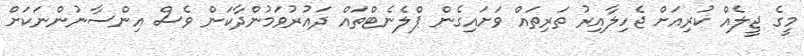
މީގެ ޖީލެއް ކުރިއަށް ޖެހިލާއިރު ތަރިތައް ވަށައިގެން ޕްލެނެޓްތައް ދައުރުވަމުންދާކަން ވެސް އިންސާނުންނަކަށް